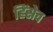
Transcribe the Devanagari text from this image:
हिंसेच